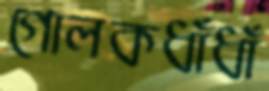
গোলকধাঁধাঁ